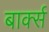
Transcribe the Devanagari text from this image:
बार्क्स